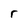
Character: r